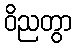
ဝိညတွာ